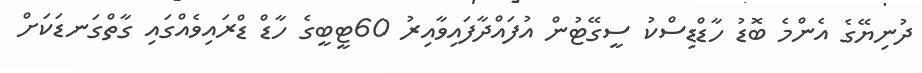
ދުނިޔޭގެ އެންމެ ބޮޑު ހާޑްޑިސްކު ސީގޭޓުން އުފައްދާފައިވާއިރު 60ޓީބީގެ ހާޑް ޑްރައިވެއްގައި ގާތްގަނޑަކަށް